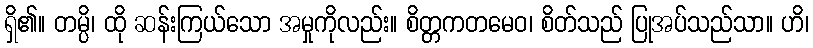
ရှိ၏။ တမ္ပိ၊ ထို ဆန်းကြယ်သော အမှုကိုလည်း။ စိတ္တကတမေဝ၊ စိတ်သည် ပြုအပ်သည်သာ။ ဟိ၊